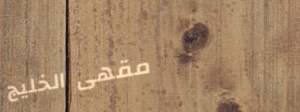
مقهى الخليج